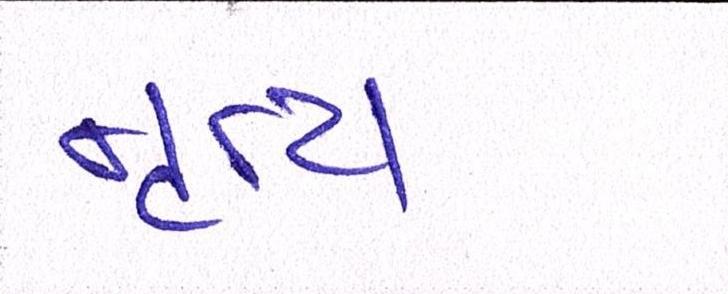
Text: નૃત્ય